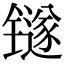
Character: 𬭼